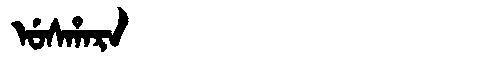
Manchu: ᡠᠰᡥᠠᡵᠠ
Romanization: USHARA